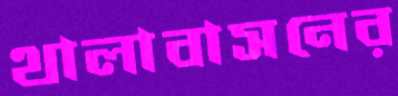
থালাবাসনের